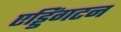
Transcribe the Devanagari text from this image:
एड्डिंगटन